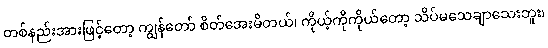
တစ်နည်းအားဖြင့်တော့ ကျွန်တော် စိတ်အေးမိတယ်၊ ကိုယ့်ကိုကိုယ်တော့ သိပ်မသေချာသေးဘူး၊